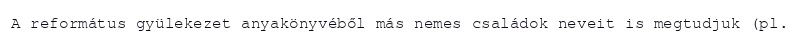
A református gyülekezet anyakönyvéből más nemes családok neveit is megtudjuk (pl.